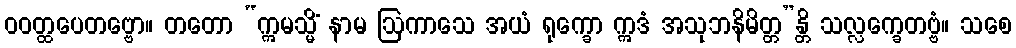
ဝဝတ္ထပေတဗ္ဗော။ တတော “ဣမသ္မိံ နာမ ဩကာသေ အယံ ရုက္ခော ဣဒံ အသုဘနိမိတ္တ”န္တိ သလ္လက္ခေတဗ္ဗံ။ သစေ